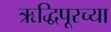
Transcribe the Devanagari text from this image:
ऋद्धिपूरच्या